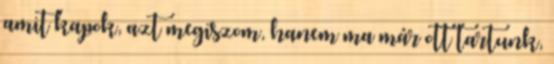
amit kapok, azt megiszom, hanem ma már ott tartunk,